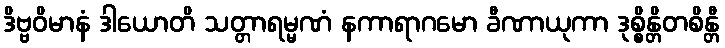
ဒိဗ္ဗဝိမာနံ ဒါယောတိ သတ္တာရမ္မဏံ နကာရာဂမော ခီဏာယုကာ ဒုစ္စိန္တိတစိန္တီ